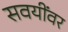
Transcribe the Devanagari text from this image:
सवयींवर